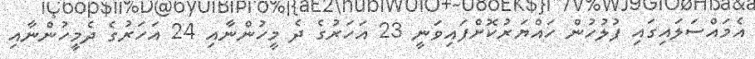
އެމައްސަލައިގައި ފުލުހުން ހައްޔަރުކޮށްފައިވަނީ 23 އަހަރުގެ ދެ މީހުންނާއި 24 އަހަރުގެ ދެމީހުންނާއި